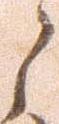
之